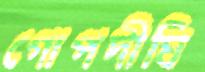
গোপদীঘি